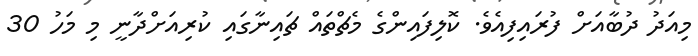
މިއަދު ދުބާއަށް ފުރައިފިއެވެ. ކޮލިފައިންގެ މެޗްތައް ޗައިނާގައި ކުރިއަށްދާނީ މި މަހު 30